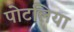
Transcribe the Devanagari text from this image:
पोटलिया